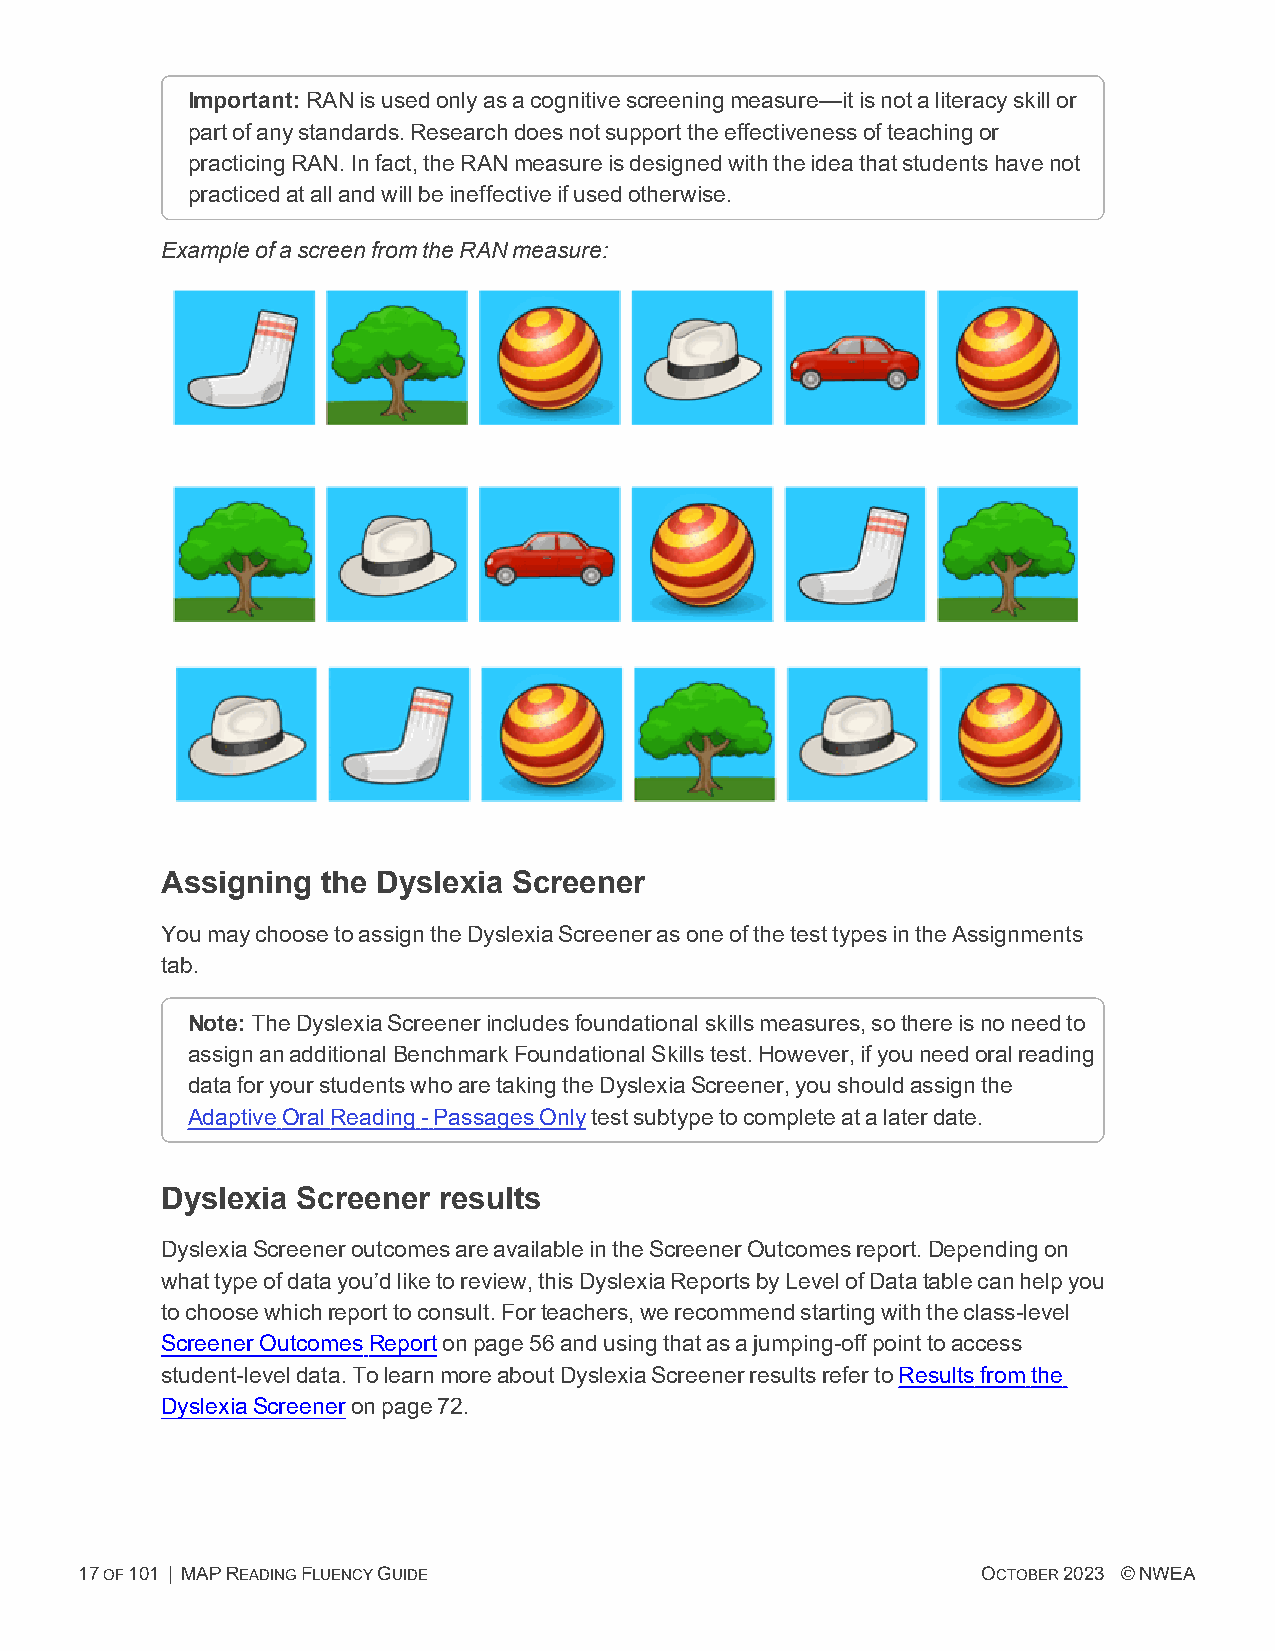
Important:RANisusedonlyasacognitivescreeningmeasure—itisnotaliteracyskillor
 partofanystandards.Researchdoesnotsupporttheeffectivenessofteachingor
 practicingRAN.Infact,theRANmeasureisdesignedwiththeideathatstudentshavenot
 practicedatallandwillbeineffectiveifusedotherwise.
 ExampleofascreenfromtheRANmeasure:
 Assigning the Dyslexia Screener
 YoumaychoosetoassigntheDyslexiaScreenerasoneofthetesttypesintheAssignments
 tab.
 Note:TheDyslexiaScreenerincludesfoundationalskillsmeasures,sothereisnoneedto
 assignanadditionalBenchmarkFoundationalSkillstest.However,ifyouneedoralreading
 dataforyourstudentswhoaretakingtheDyslexiaScreener,youshouldassignthe
 AdaptiveOralReading-PassagesOnlytestsubtypetocompleteatalaterdate.
 Dyslexia Screener results
 DyslexiaScreeneroutcomesareavailableintheScreenerOutcomesreport.Dependingon
 whattypeofdatayou’dliketoreview,thisDyslexiaReportsbyLevelofDatatablecanhelpyou
 tochoosewhichreporttoconsult.Forteachers,werecommendstartingwiththeclass-level
 ScreenerOutcomesReportonpage56andusingthatasajumping-offpointtoaccess
 student-leveldata.TolearnmoreaboutDyslexiaScreenerresultsrefertoResultsfromthe
 DyslexiaScreeneronpage72.
 17OF101 | MAPREADINGFLUENCYGUIDE                            OCTOBER2023 ©NWEA